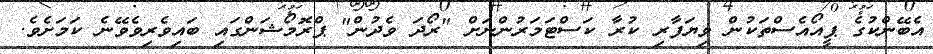
އެބޭންކުގެ ޕީއޯއެސްތަކުން ވިޔަފާރި ކުރާ ކަސްޓަމަރުންނަށް "ރޯދަ ވެދުން" ޕްރޮމޯޝަންގައި ބައިވެރިވެވޭނެ ކަމަށެވެ.